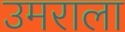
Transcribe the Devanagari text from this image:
उमराला